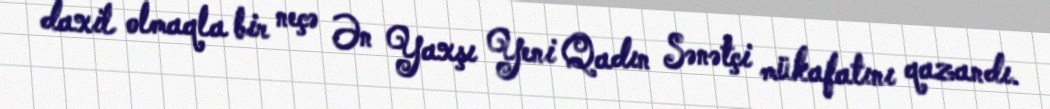
daxil olmaqla bir neçə Ən Yaxşı Yeni Qadın Sənətçi mükafatını qazandı.